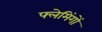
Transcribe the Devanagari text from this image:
फ्लेमिंगों